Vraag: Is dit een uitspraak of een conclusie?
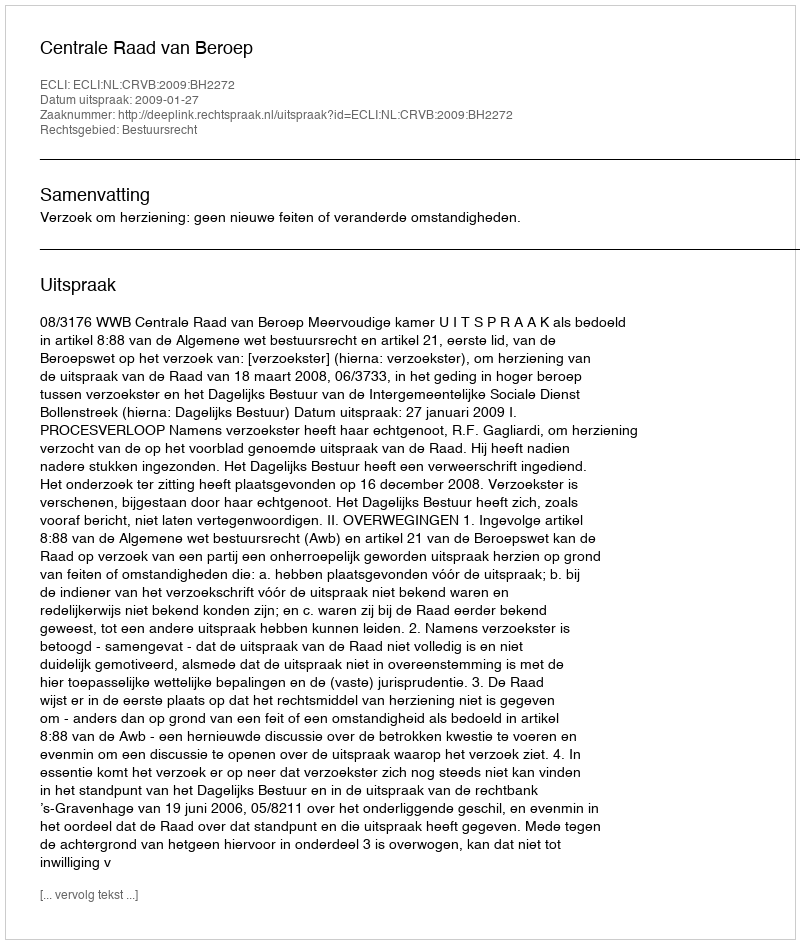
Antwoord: Uitspraak